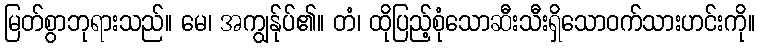
မြတ်စွာဘုရားသည်။ မေ၊ အကျွန်ုပ်၏။ တံ၊ ထိုပြည့်စုံသောဆီးသီးရှိသောဝက်သားဟင်းကို။